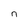
Character: n